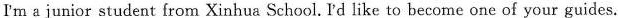
I'm a junior student from Xinhua School.IPd like to become one of your guides.